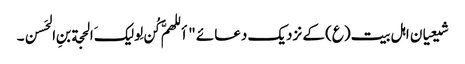
شیعیان اہل بیت(ع) کے نزدیک دعائے "أللهمَّ کُن لِولیکَ الحجة بنِ الحَسن۔